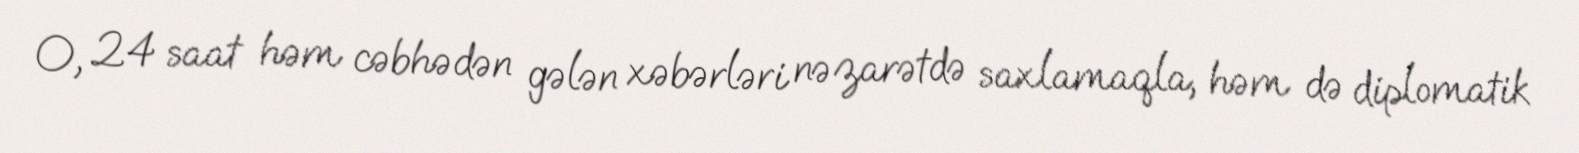
O, 24 saat həm cəbhədən gələn xəbərləri nəzarətdə saxlamaqla, həm də diplomatik